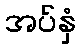
အပ်နှံ